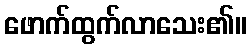
ဖောက်ထွက်လာသေး၏။